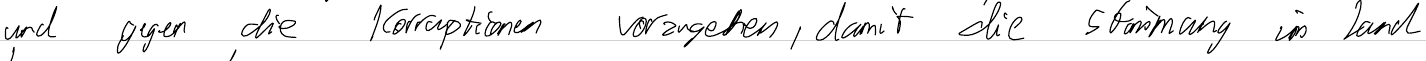
und gegen die Korruptionen vorzugehen, damit die Stimmung im Land